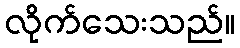
လိုက်သေးသည်။